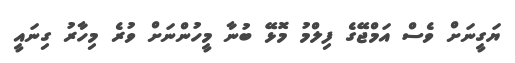
ޔަގީނަށް ވެސް އަމްޖޭގެ ފިލްމު މޮޅޭ ބުނާ މީހުންނަށް ވުރެ މިހާރު ގިނައީ